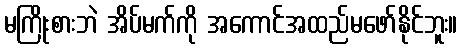
မကြိုးစားဘဲ အိပ်မက်ကို အကောင်အထည်မဖော်နိုင်ဘူး။